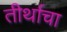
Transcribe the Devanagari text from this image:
तीर्थाचा